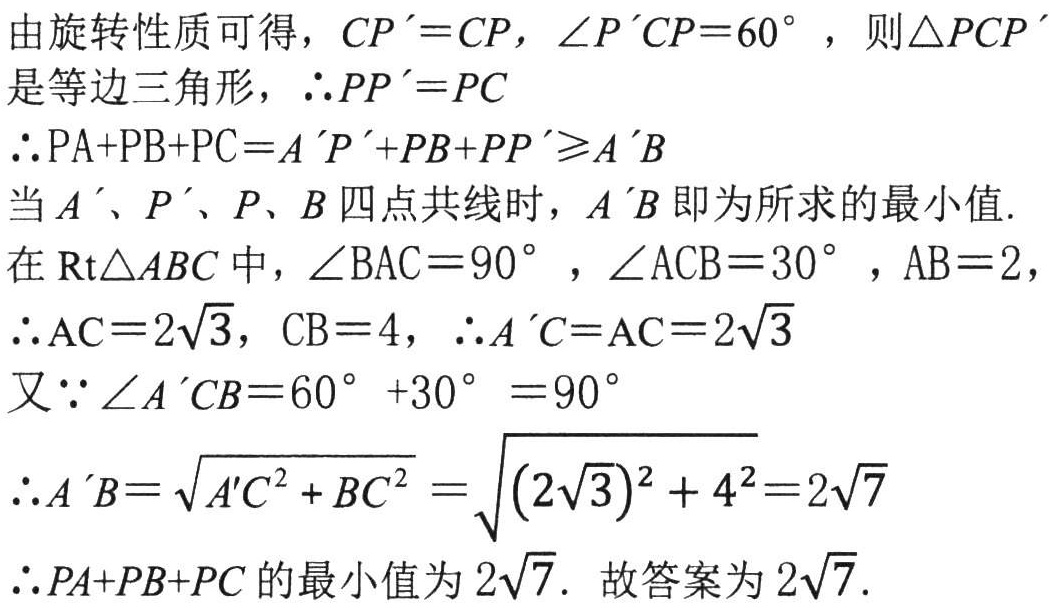
由旋转性质可得，\(CP^{\prime}=CP\)，\(\angle P^{\prime}CP = 60^{\circ}\)，则\(\triangle PCP^{\prime}\)是等边三角形，\(\therefore PP^{\prime}=PC\)

\(\therefore PA + PB + PC = A^{\prime}P^{\prime}+PB + PP^{\prime}\geqslant A^{\prime}B\)

当\(A^{\prime}\)、\(P^{\prime}\)、\(P\)、\(B\)四点共线时，\(A^{\prime}B\)即为所求的最小值.

在\(\text{Rt}\triangle ABC\)中，\(\angle BAC = 90^{\circ}\)，\(\angle ACB = 30^{\circ}\)，\(AB = 2\)，

\(\therefore AC = 2\sqrt{3}\)，\(CB = 4\)，\(\therefore A^{\prime}C = AC = 2\sqrt{3}\)

又\(\because \angle A^{\prime}CB = 60^{\circ}+30^{\circ}=90^{\circ}\)

\(\therefore A^{\prime}B=\sqrt{A^{\prime}C^{2}+BC^{2}}=\sqrt{(2\sqrt{3})^{2}+4^{2}} = 2\sqrt{7}\)

\(\therefore PA + PB + PC\)的最小值为\(2\sqrt{7}\). 故答案为\(2\sqrt{7}\).